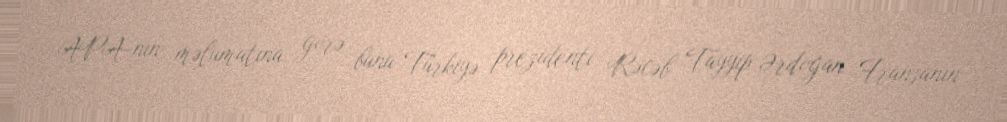
APA-nın məlumatına görə, bunu Türkiyə prezidenti Rəcəb Tayyip Ərdoğan Fransanın